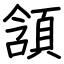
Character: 頷